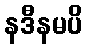
နဒီနမပိ